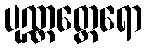
ပုဏ္ဏတ္ထေရော